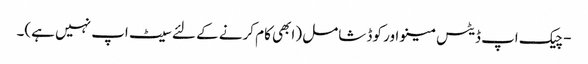
- چیک اپ ڈیٹس مینو اور کوڈ شامل (ابھی کام کرنے کے لئے سیٹ اپ نہیں ہے)۔